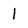
Character: 1